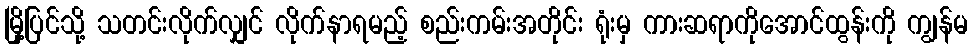
မြို့ပြင်သို့ သတင်းလိုက်လျှင် လိုက်နာရမည့် စည်းကမ်းအတိုင်း ရုံးမှ ကားဆရာကိုအောင်ထွန်းကို ကျွန်မ